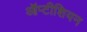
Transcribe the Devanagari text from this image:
ऑप्टीशियन